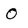
Character: O